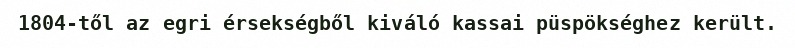
1804-től az egri érsekségből kiváló kassai püspökséghez került.